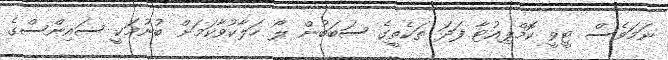
ނަމަވެސް ޓީވީ ކޮމްޕިއުޓާ ފަދަ ތަކެތީގެ ސަބަބުން ލޯ ހަލާކުވާކަމަށް ބުނުމަކީ ސައިންސްގެ